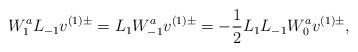
LaTeX: \begin{align*}W_1^a L_{-1} v^{(1)\pm} = L_1 W_{-1}^a v^{(1)\pm} = -\frac{1}{2} L_1 L_{-1} W^a_0 v^{(1)\pm},\end{align*}